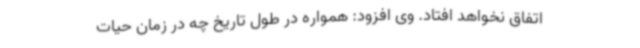
اتفاق نخواهد افتاد. وی افزود: همواره در طول تاریخ چه در زمان حیات